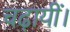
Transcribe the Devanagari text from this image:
चढ़ायीं।